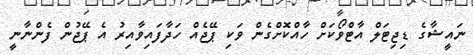
ނައީޝާގެ ޑިޖިޓަލް އާޓްވޯކަށް ހާއްކޮށްގެން ވަކި ޕޭޖެއް ހަދާފައިވާއިރު އެ ޕޭޖުން ފެންނާނީ